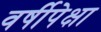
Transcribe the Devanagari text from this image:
वर्षीपेक्षा